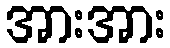
အားအား